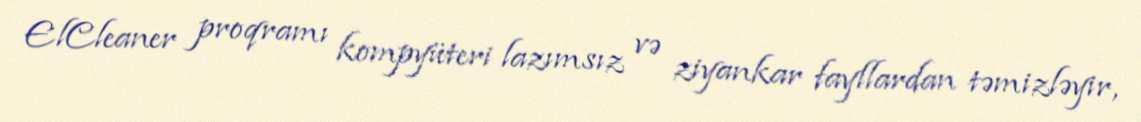
ElCleaner proqramı kompyüteri lazımsız və ziyankar fayllardan təmizləyir,